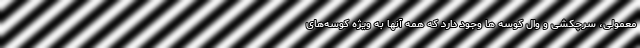
معمولی، سرچکشی و وال کوسه ها وجود دارد که همه آنها به ویژه کوسه‌های